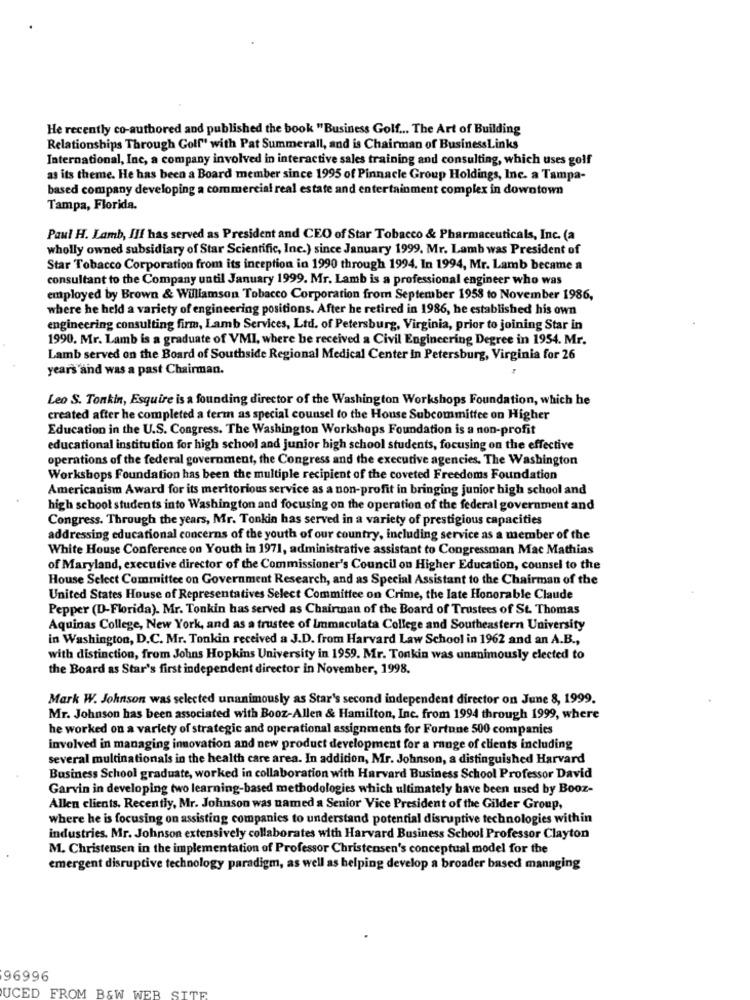
He recently co-authored and published the book "Business Golf ... The Art of Building
Relationships Through Golf" with Pat Summerall, and is Chairman of BusinessLinks
International, Inc, a company involved in interactive sales training and consulting, which uses golf
as its theme. He has been a Board member since 1995 of Pinnacle Group Holdings, Inc. a Tampa-
based company developing a commercial real estate and entertainment complex in downtown
Tampa, Florida.
Paul H. Lamb, Ill has served as President and CEO of Star Tobacco & Pharmaceuticals, Inc. (a
wholly owned subsidiary of Star Scientific, Inc.) since January 1999. Mr. Lamb was President of
Star Tobacco Corporation from its inception in 1990 through 1994. In 1994, Mr. Lamb became a
consultant to the Company until January 1999. Mr. Lamb is a professional engineer who was
employed by Brown & Williamson Tobacco Corporation from September 1958 to November 1986,
where he held a variety of engineering positions. After he retired in 1986, he established his own
engineering consulting firm, Lamb Services, Ltd. of Petersburg, Virginia, prior to joining Star in
1990. Mr. Lamb is a graduate of VMI, where he received a Civil Engineering Degree in 1954. Mr.
Lamb served on the Board of Southside Regional Medical Center In Petersburg, Virginia for 26
years and was a past Chairman.
Leo S. Tonkin, Esquire is a founding director of the Washington Workshops Foundation, which he
created after he completed a term as special counsel to the House Subcommittee on Higher
Education in the U.S. Congress. The Washington Workshops Foundation is a non-profit
educational institution for high school and junior high school students, focusing on the effective
operations of the federal government, the Congress and the executive agencies. The Washington
Workshops Foundation has been the multiple recipient of the coveted Freedoms Foundation
Americanism Award for its meritorious service as a non-profit in bringing junior high school and
high school students into Washington and focusing on the operation of the federal government and
Congress. Through the years, Mr. Tonkin has served in a variety of prestigious capacities
addressing educational concerns of the youth of our country, including service as a member of the
White House Conference on Youth in 1971, administrative assistant to Congressman Mac Mathias
of Maryland, executive director of the Commissioner's Council on Higher Education, counsel to the
House Select Committee on Government Research, and as Special Assistant to the Chairman of the
United States House of Representatives Select Committee on Crime, the late Honorable Claude
Pepper (D-Florida). Mr. Tonkin has served as Chairman of the Board of Trustees of St. Thomas
Aquinas College, New York, and as a trustee of Immaculata College and Southeastern University
in Washington, D.C. Mr. Tonkin received a J.D. from Harvard Law School in 1962 and an A.B .,
with distinction, from Johns Hopkins University in 1959. Mr. Tonkin was unanimously elected to
the Board as Star's first independent director in November, 1998.
Mark W. Johnson was selected unanimously as Star's second independent director on June 8, 1999.
Mr. Johnson has been associated with Booz-Allen & Hamilton, Inc. from 1994 through 1999, where
he worked on a variety of strategic and operational assignments for Fortune 500 companies
involved in managing innovation and new product development for a range of clients including
several multinationals in the health care area. In addition, Mr. Johnson, a distinguished Harvard
Business School graduate, worked in collaboration with Harvard Business School Professor David
Garvin in developing two learning-based methodologies which ultimately have been used by Booz-
Allen clients. Recently, Mr. Johnson was named a Senior Vice President of the Gilder Group,
where he is focusing on assisting companies to understand potential disruptive technologies within
industries. Mr. Johnson extensively collaborates with Harvard Business School Professor Clayton
M. Christensen in the implementation of Professor Christensen's conceptual model for the
emergent disruptive technology paradigm, as well as helping develop a broader based managing
96996
UCED FROM B&W W
N WEB SITE